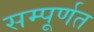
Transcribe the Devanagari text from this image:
सम्पूर्णत